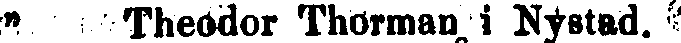
" Theddor Thorman i Nystad.